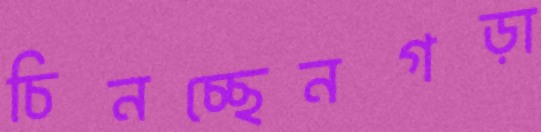
চিনচ্ছেনগড়া